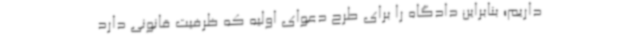
داریم؛ بنابراین دادگاه را برای طرح دعوای اولیه که ظرفیت قانونی دارد